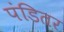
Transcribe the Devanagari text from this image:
पंडितर